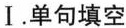
Ⅰ.单句填空